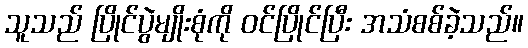
သူသည် ပြိုင်ပွဲမျိုးစုံကို ဝင်ပြိုင်ပြီး အသံစစ်ခဲ့သည်။